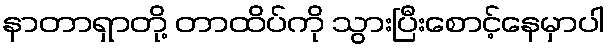
နာတာရှာတို့ တာထိပ်ကို သွားပြီးစောင့်နေမှာပါ